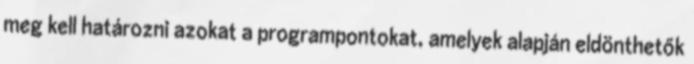
meg kell határozni azokat a programpontokat, amelyek alapján eldönthetők